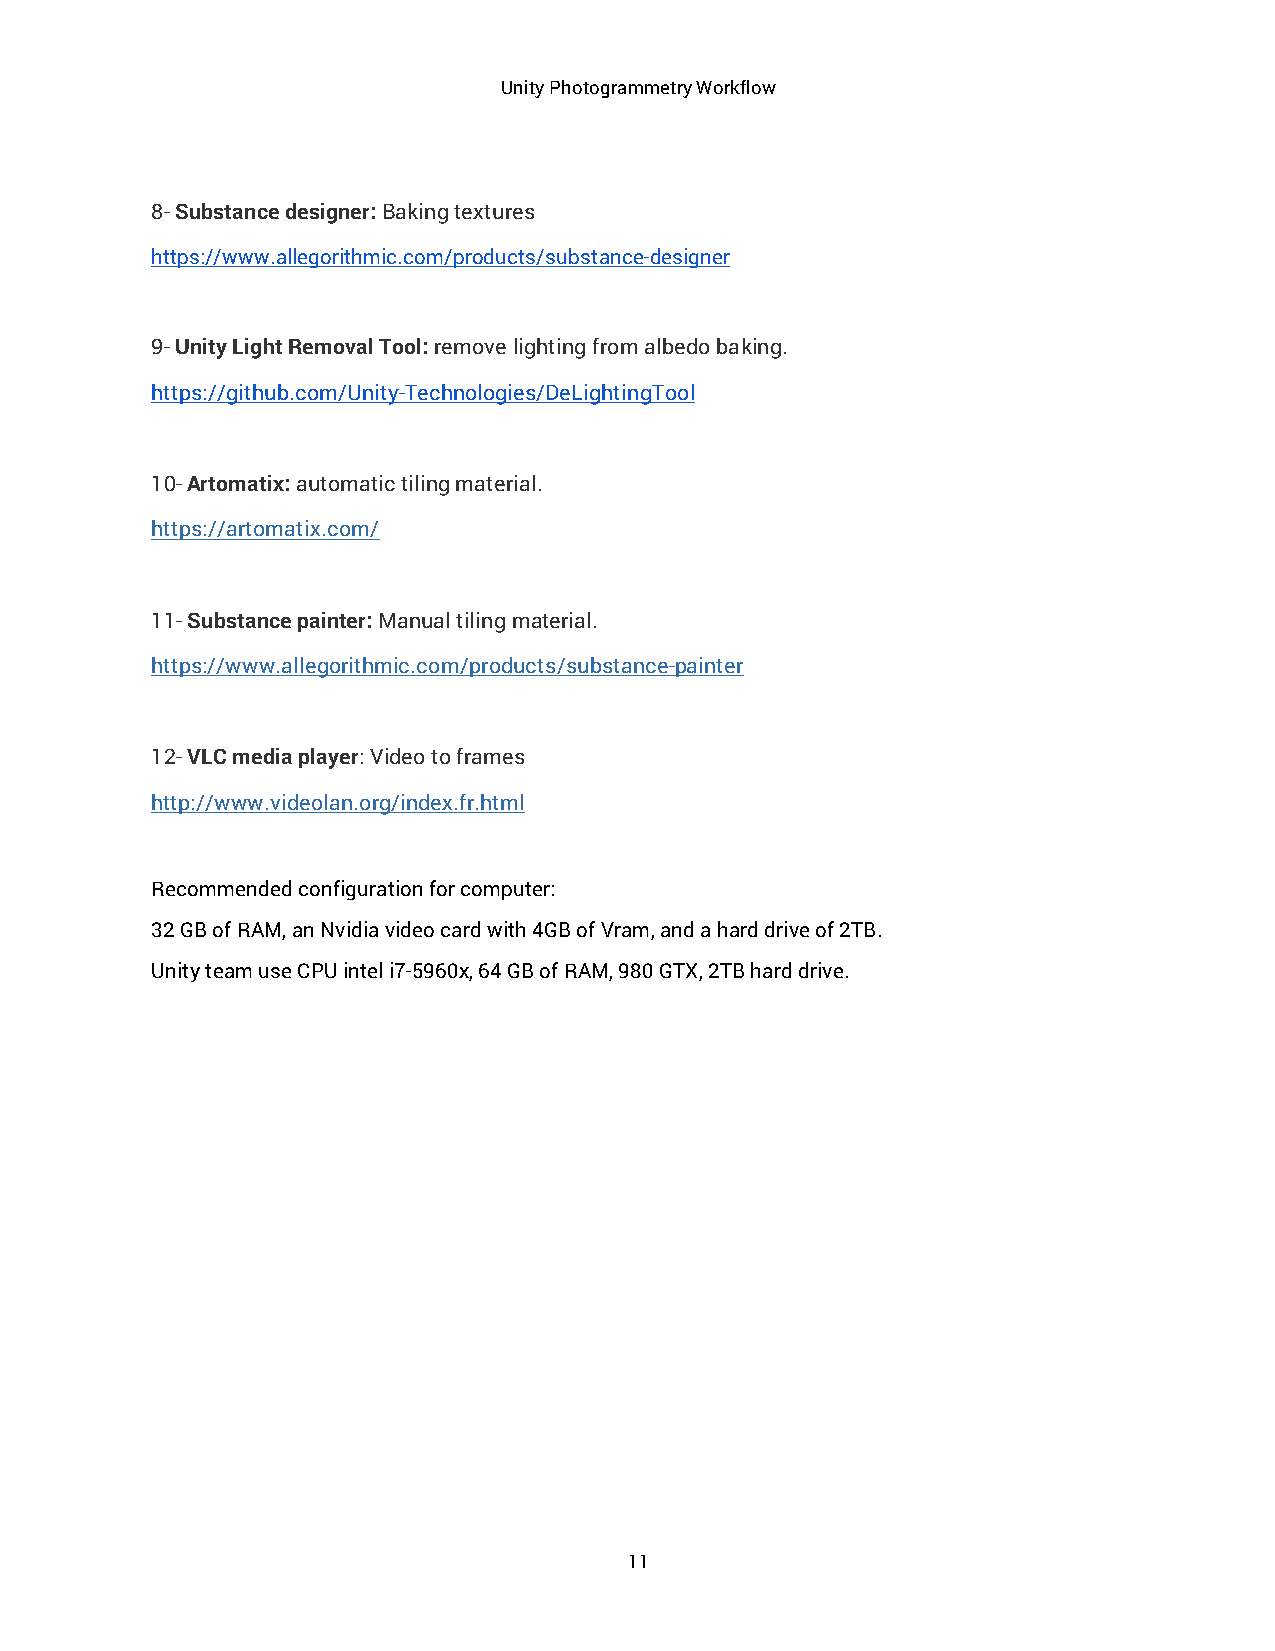
Unity Photogrammetry Workflow
 8- Substance designer: Baking textures
 https://www.allegorithmic.com/products/substance-designer
 9- Unity Light Removal Tool: remove lighting from albedo baking.
 https://github.com/Unity-Technologies/DeLightingTool
 10- Artomatix: automatic tiling material.
 https://artomatix.com/
 11- Substance painter: Manual tiling material.
 https://www.allegorithmic.com/products/substance-painter
 12- VLC media player: Video to frames
 http://www.videolan.org/index.fr.html
 Recommended configuration for computer:
 32 GB of RAM, an Nvidia video card with 4GB of Vram, and a hard drive of 2TB.
 Unity team use CPU intel i7-5960x, 64 GB of RAM, 980 GTX, 2TB hard drive.
 11